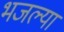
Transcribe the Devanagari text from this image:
भजल्या